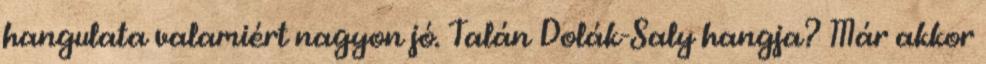
hangulata valamiért nagyon jó. Talán Dolák-Saly hangja? Már akkor